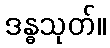
ဒန္ဓသုတ်။